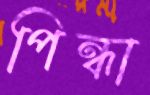
পিন্ধা